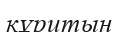
кұритын